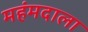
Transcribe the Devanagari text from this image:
महंमदाला